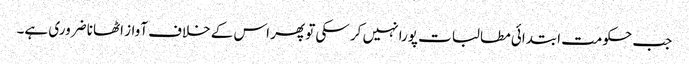
جب حکومت ابتدائی مطالبات پورا نہیں کر سکی تو پھر اس کے خلاف آواز اٹھانا ضروری ہے۔